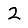
Digit: 2